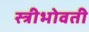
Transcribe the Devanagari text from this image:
स्त्रीभोवती